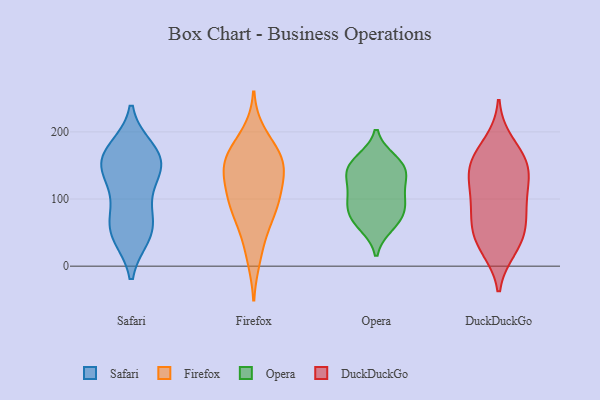
{"axis": {"x": "Bounce Rate (%)", "y": "Value"}, "legend": ["DuckDuckGo", "Firefox", "Opera", "Safari"], "data": [{"x": "", "y": 159, "type": "Safari"}, {"x": "", "y": 163, "type": "Safari"}, {"x": "", "y": 56, "type": "Safari"}, {"x": "", "y": 165, "type": "Safari"}, {"x": "", "y": 47, "type": "Safari"}, {"x": "", "y": 46, "type": "Safari"}, {"x": "", "y": 92, "type": "Safari"}, {"x": "", "y": 64, "type": "Safari"}, {"x": "", "y": 124, "type": "Safari"}, {"x": "", "y": 148, "type": "Safari"}, {"x": "", "y": 141, "type": "Safari"}, {"x": "", "y": 174, "type": "Safari"}, {"x": "", "y": 49, "type": "Firefox"}, {"x": "", "y": 12, "type": "Firefox"}, {"x": "", "y": 139, "type": "Firefox"}, {"x": "", "y": 93, "type": "Firefox"}, {"x": "", "y": 170, "type": "Firefox"}, {"x": "", "y": 101, "type": "Firefox"}, {"x": "", "y": 117, "type": "Firefox"}, {"x": "", "y": 143, "type": "Firefox"}, {"x": "", "y": 197, "type": "Firefox"}, {"x": "", "y": 73, "type": "Firefox"}, {"x": "", "y": 152, "type": "Firefox"}, {"x": "", "y": 160, "type": "Firefox"}, {"x": "", "y": 161, "type": "Firefox"}, {"x": "", "y": 92, "type": "Firefox"}, {"x": "", "y": 153, "type": "Opera"}, {"x": "", "y": 73, "type": "Opera"}, {"x": "", "y": 138, "type": "Opera"}, {"x": "", "y": 107, "type": "Opera"}, {"x": "", "y": 61, "type": "Opera"}, {"x": "", "y": 144, "type": "Opera"}, {"x": "", "y": 94, "type": "Opera"}, {"x": "", "y": 71, "type": "Opera"}, {"x": "", "y": 157, "type": "Opera"}, {"x": "", "y": 97, "type": "Opera"}, {"x": "", "y": 130, "type": "Opera"}, {"x": "", "y": 152, "type": "DuckDuckGo"}, {"x": "", "y": 130, "type": "DuckDuckGo"}, {"x": "", "y": 99, "type": "DuckDuckGo"}, {"x": "", "y": 143, "type": "DuckDuckGo"}, {"x": "", "y": 34, "type": "DuckDuckGo"}, {"x": "", "y": 161, "type": "DuckDuckGo"}, {"x": "", "y": 55, "type": "DuckDuckGo"}, {"x": "", "y": 109, "type": "DuckDuckGo"}, {"x": "", "y": 183, "type": "DuckDuckGo"}, {"x": "", "y": 149, "type": "DuckDuckGo"}, {"x": "", "y": 41, "type": "DuckDuckGo"}, {"x": "", "y": 76, "type": "DuckDuckGo"}, {"x": "", "y": 27, "type": "DuckDuckGo"}, {"x": "", "y": 79, "type": "DuckDuckGo"}]}